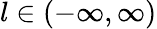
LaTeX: l\in(-\infty,\infty)